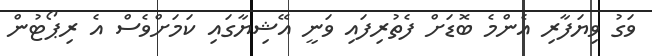
ވަގު ވިޔަފާރި އެންމެ ބޮޑަށް ފެތުރިފައި ވަނީ އޭޝިޔާގައި ކަމަށްވެސް އެ ރިޕޯޓުން